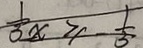
\frac { 1 } { 3 } x \geq \frac { 1 } { 3 }